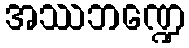
အဿဘဏ္ဍေ